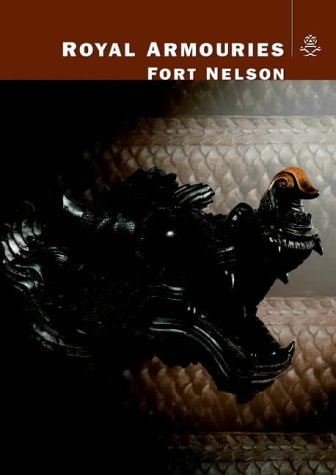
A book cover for Royal Armouries Museum; Royal Armouries; Crafts, Hobbies & Home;